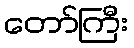
တော်ကြီး